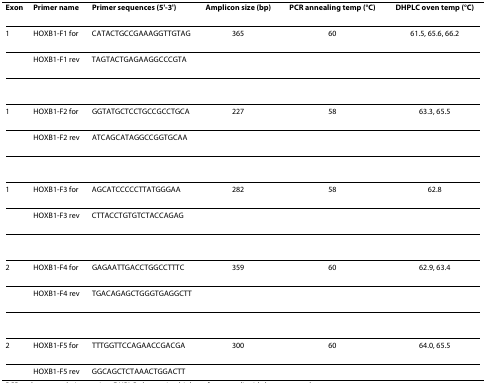
<table><thead><tr><td><b>Exon</b></td><td><b>Primer name</b></td><td><b>Primer sequences (5&#x27;-3&#x27;)</b></td><td><b>Amplicon size (bp)</b></td><td><b>PCR annealing temp (°C)</b></td><td><b>DHPLC oven temp (°C)</b></td></tr></thead><tbody><tr><td>1</td><td>HOXB1-F1 for</td><td>CATACTGCCGAAAGGTTGTAG</td><td>365</td><td>60</td><td>61.5, 65.6, 66.2</td></tr><tr><td></td><td>HOXB1-F1 rev</td><td>TAGTACTGAGAAGGCCCGTA</td><td></td><td></td><td></td></tr><tr><td>1</td><td>HOXB1-F2 for</td><td>GGTATGCTCCTGCCGCCTGCA</td><td>227</td><td>58</td><td>63.3, 65.5</td></tr><tr><td></td><td>HOXB1-F2 rev</td><td>ATCAGCATAGGCCGGTGCAA</td><td></td><td></td><td></td></tr><tr><td>1</td><td>HOXB1-F3 for</td><td>AGCATCCCCCTTATGGGAA</td><td>282</td><td>58</td><td>62.8</td></tr><tr><td></td><td>HOXB1-F3 rev</td><td>CTTACCTGTGTCTACCAGAG</td><td></td><td></td><td></td></tr><tr><td>2</td><td>HOXB1-F4 for</td><td>GAGAATTGACCTGGCCTTTC</td><td>359</td><td>60</td><td>62.9, 63.4</td></tr><tr><td></td><td>HOXB1-F4 rev</td><td>TGACAGAGCTGGGTGAGGCTT</td><td></td><td></td><td></td></tr><tr><td>2</td><td>HOXB1-F5 for</td><td>TTTGGTTCCAGAACCGACGA</td><td>300</td><td>60</td><td>64.0, 65.5</td></tr><tr><td></td><td>HOXB1-F5 rev</td><td>GGCAGCTCTAAACTGGACTT</td><td></td><td></td><td></td></tr></tbody></table>